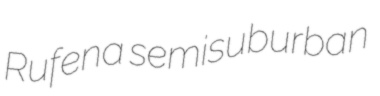
Rufena semisuburban